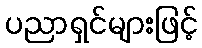
ပညာရှင်များဖြင့်